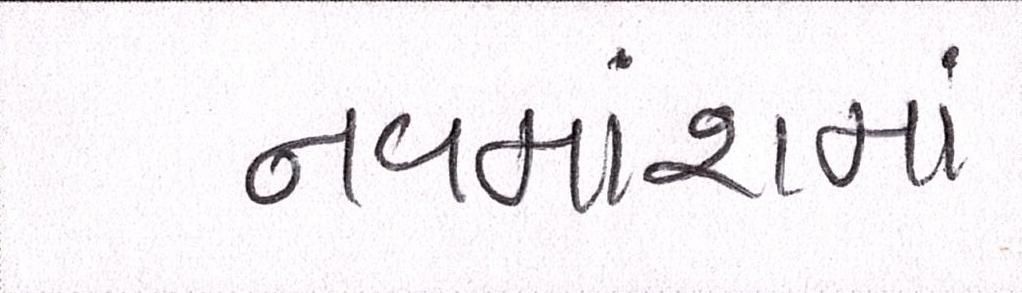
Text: નવમાંશમાં